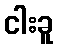
ငါးခူ